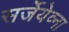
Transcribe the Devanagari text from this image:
सर्जेयेव्ना